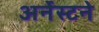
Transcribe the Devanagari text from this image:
अर्नेस्टने